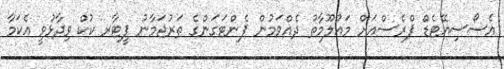
އެސޯސިއޭޓެޑް ޕްރެސްއަށް މައުލޫމާތު ދެއްވަމުން ޕެންޓަގަންގެ ތަރުޖަމާނު ޕީޓާރ ކުކް ވިދާޅުވީ އެކަމާ